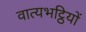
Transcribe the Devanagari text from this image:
वात्यभट्ठियों